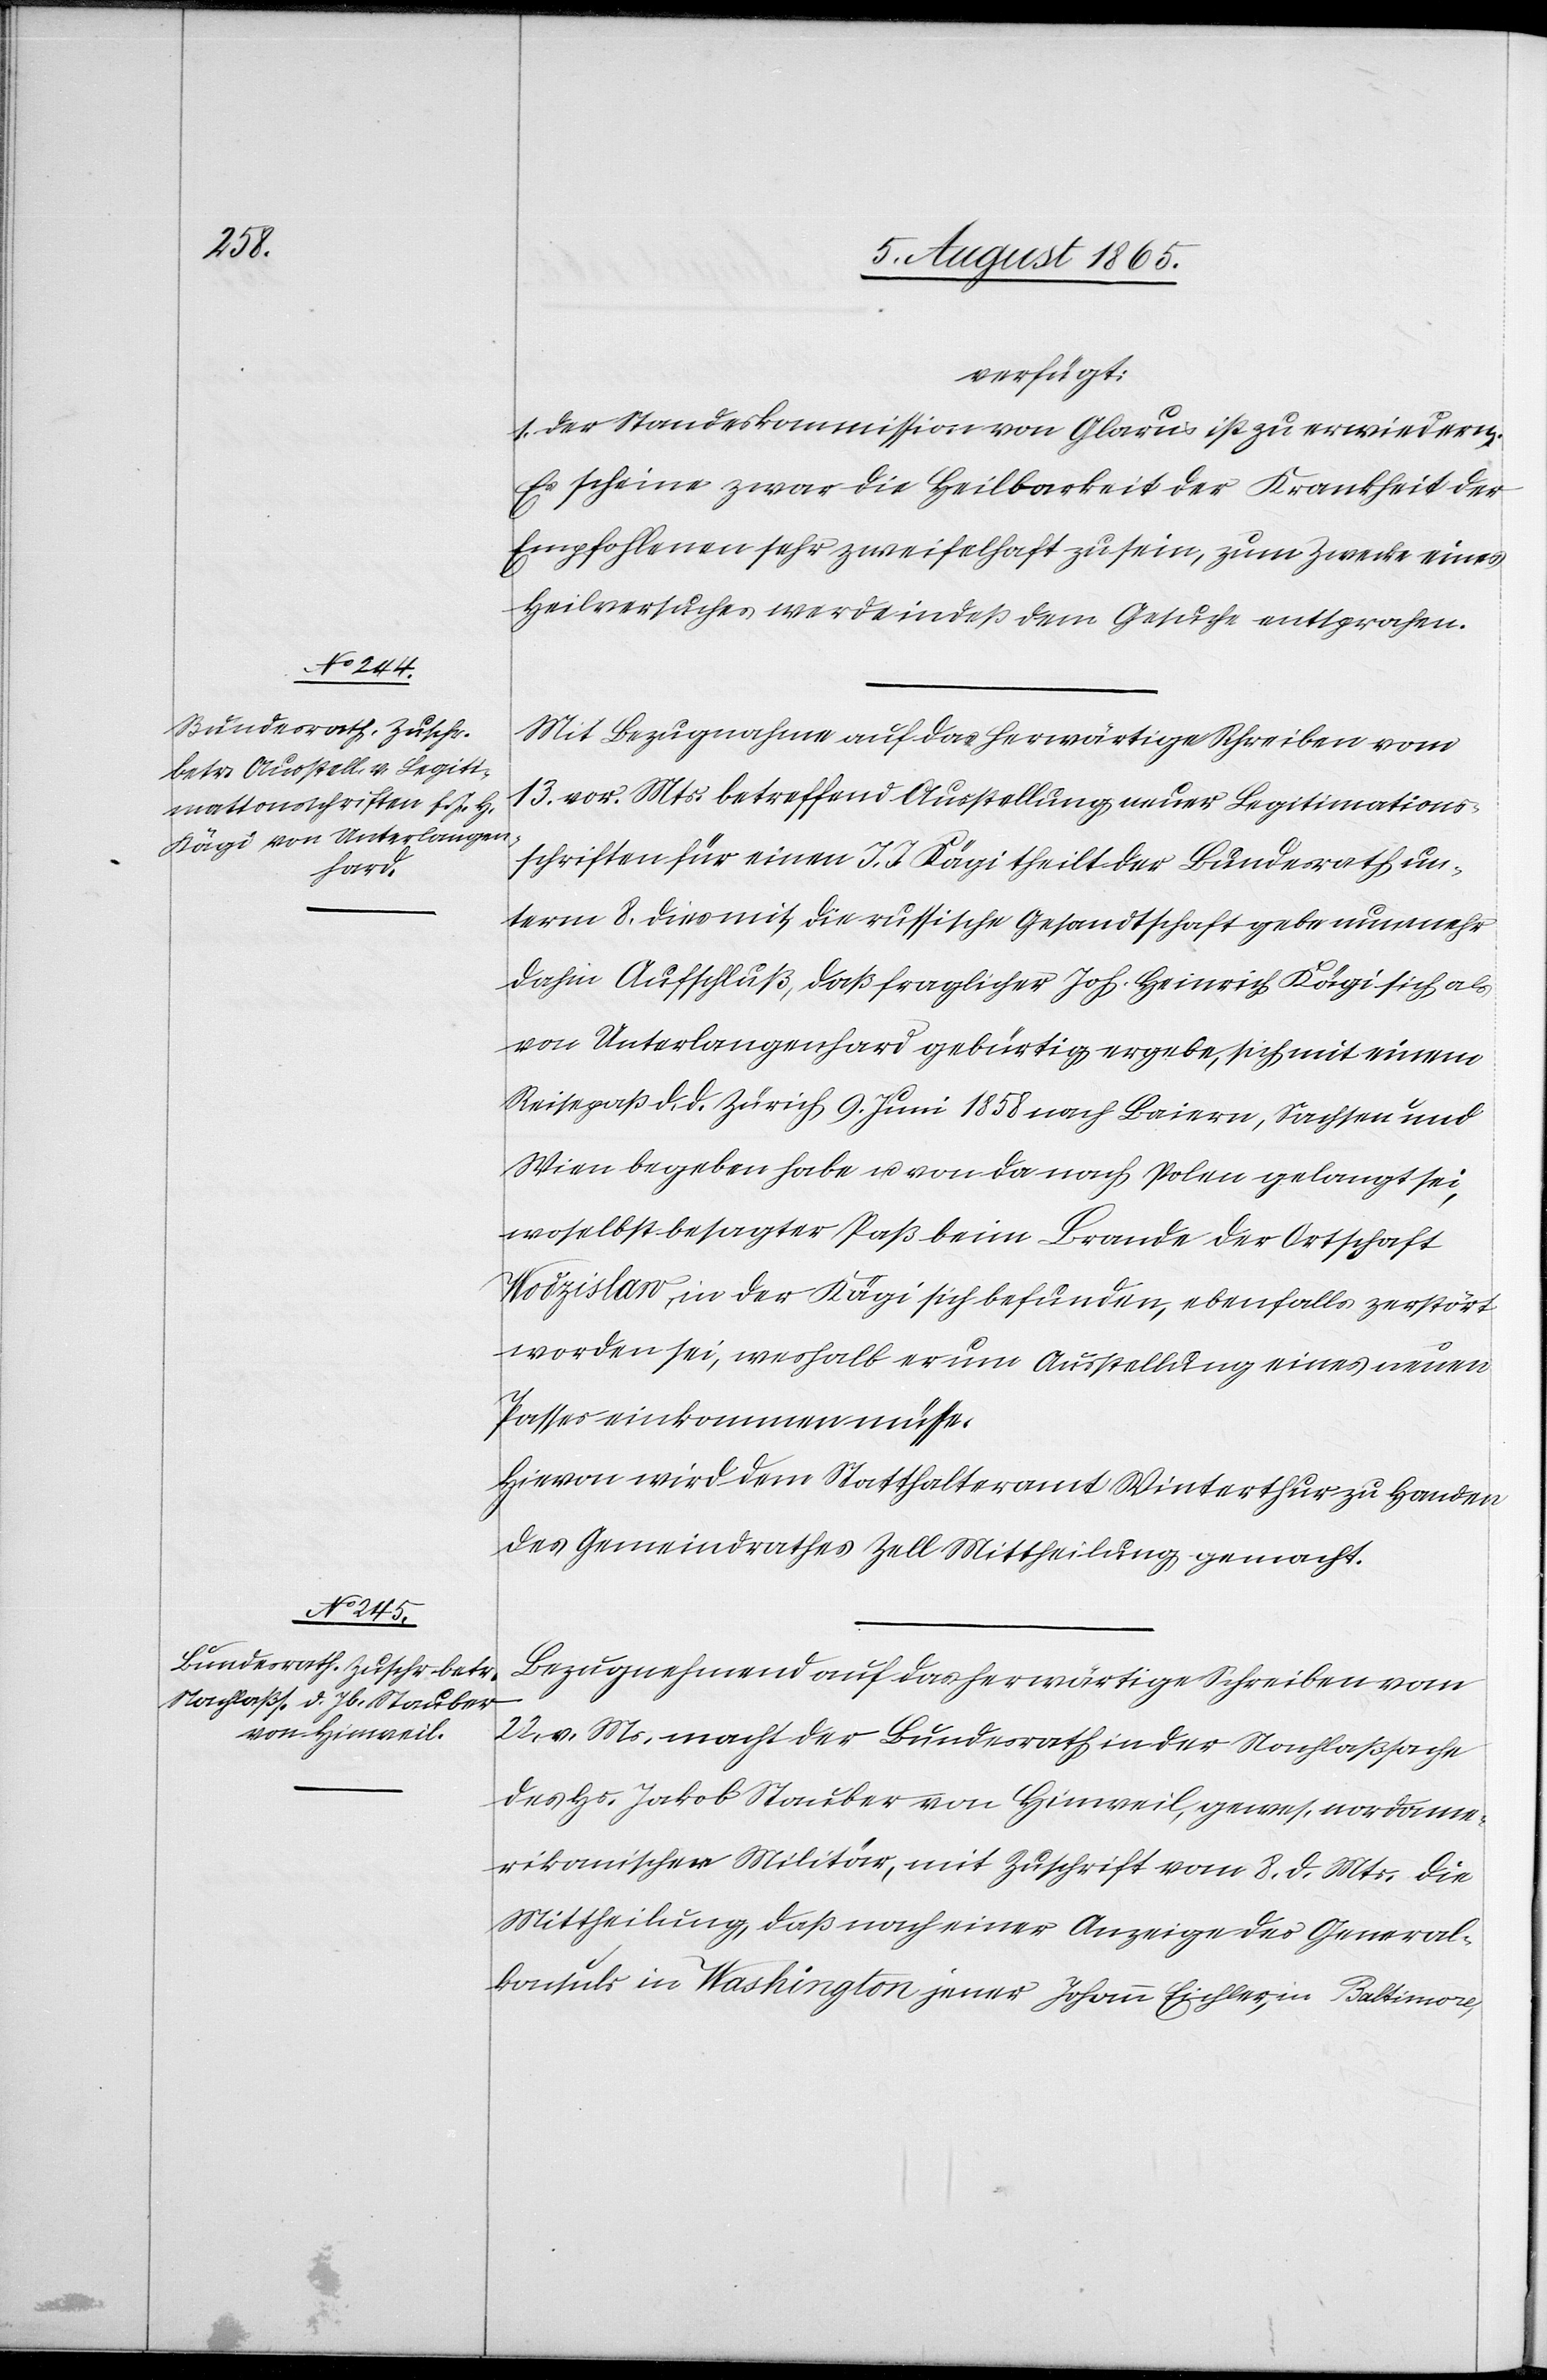
11.

verfügt:
1. Der Standeskommission von Glarus ist zu erwiedern:
Es scheine zwar die Heilbarkeit der Krankheit der
Empfohlenen sehr zweifelhaft zu sein, zum Zwecke eines
Heilversuches werde indeß dem Gesuche entsprochen.
Mit Bezugnahme auf das herwärtige Schreiben vom
13. vor. Mts. betreffend Ausstellung neuer Legitimations¬
schriften für einen J. J. [sic!] Kägi theilt der Bundesrath un¬
term 8. dies mit, die russische Gesandtschaft gebe nunmehr
dahin Aufschluß, daß fraglicher Joh. Heinrich Kägi sich als
von Unterlangenhard gebürtig ergebe, sich mit einem
Reisepaß d. d. Zürich 9. Juni 1858 nach Baiern, Sachsen und
Wien begeben habe u. von da nach Polen gelangt sei,
woselbst besagter Paß beim Brande der Ortschaft
Wodzislaw, in der Kägi sich befunden, ebenfalls zerstört
worden sei, weshalb er um Ausstellung eines neuen
Passes einkommen müsse.
Hievon wird dem Statthalteramt Winterthur zu Handen
des Gemeindrathes Zell Mittheilung gemacht.
Bezugnehmend auf das herwärtige Schreiben vom
22. v. Ms. macht der Bundesrath in der Nachlaßsache
des Hs. Jakob Stauber von Hinweil, gewes. nordame¬
rikanischer Militär, mit Zuschrift vom 8. d. Mts. die
Mittheilung, daß nach einer Anzeige des General¬
konsuls in Washington jener Johann Eichler, in Baltimore,